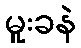
မူးခနဲ